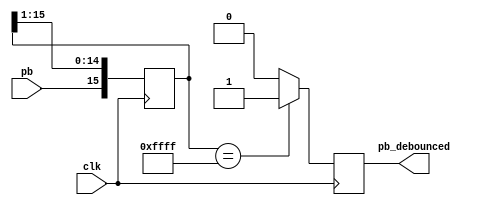
module debounce #(parameter width = 16) (
	output reg pb_debounced, 
	input wire pb, 
	input wire clk
	);

localparam shift_max = (2**width)-1;

reg [width-1:0] shift;

always @ (posedge clk)
begin
	shift[width-2:0] <= shift[width-1:1];
	shift[width-1] <= pb;
	if (shift == shift_max)
		pb_debounced <= 1'b1;
	else
		pb_debounced <= 1'b0;
end
endmodule